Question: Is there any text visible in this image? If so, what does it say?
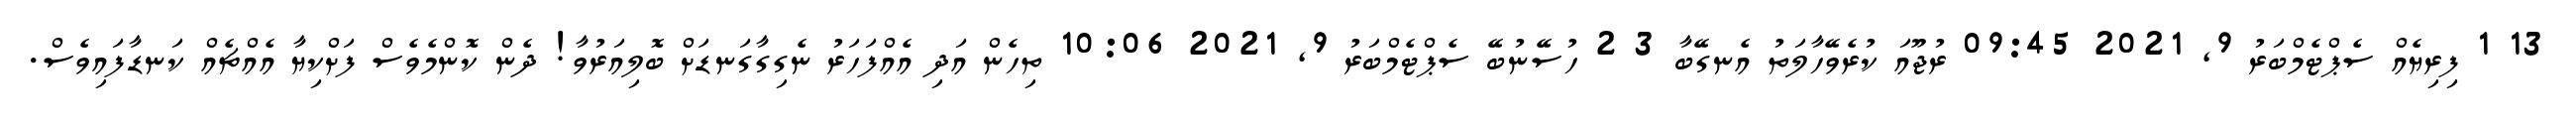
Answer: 13 1 ފިރިޔެއް ސެޕްޓެމްބަރު 9, 2021 09:45 ރުޖޫއަ ކުރެވޭހާލަތު އެނގޭބާ 3 2 ހުސޭނުބޭ ސެޕްޓެމްބަރު 9, 2021 10:06 ތިހެން އަދި އެއްފަހަރު ނެގިގާގަނޑަށް ބޮލިއަރުވާ! ދެން ކޮންމެވެސް ފަށްކިޔާ އެއްޗެއް ކަނޑާފައިވެސް.